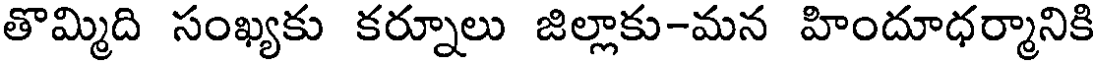
తొమ్మిది సంఖ్యకు కర్నూలు జిల్లాకు-మన హిందూధర్మానికి